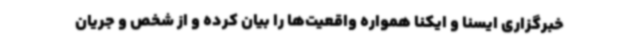
خبرگزاری ایسنا و ایکنا همواره واقعیت‌ها را بیان کرده و از شخص و جریان